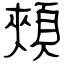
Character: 頰